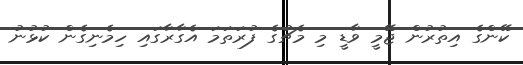
ކޭންގެ އިތުރުން ޖޭމީ ވާޑީ މި މެޗުގެ ފުރަތަމަ އެގާރާގައި ހިމެނިގެން ކުޅުނު